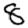
Digit: 8